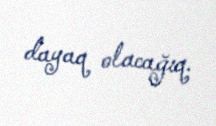
dayaq olacağıq.